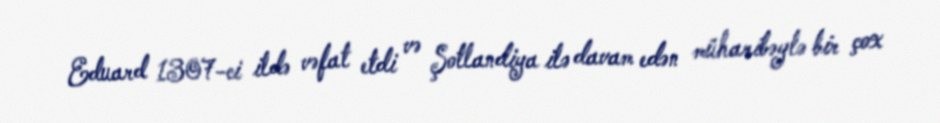
Eduard 1307-ci ildə vəfat etdi və Şotlandiya ilə davam edən müharibəylə bir çox